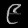
Digit: ၉